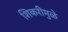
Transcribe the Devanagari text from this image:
शिकरीमुळे